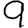
Digit: 9